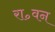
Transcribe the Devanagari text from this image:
रा॰वन